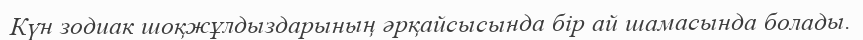
Күн зодиак шоқжұлдыздарының әрқайсысында бір ай шамасында болады.